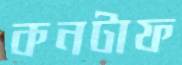
কনটাফ